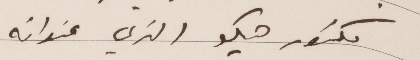
فيكتور هيكو الذي عنوانه